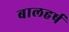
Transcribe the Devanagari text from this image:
बालहर्ष